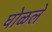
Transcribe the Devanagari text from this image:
घोळले